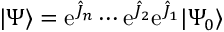
| \Psi \rangle = \mathrm { e } ^ { { \hat { J } } _ { n } } \cdots \mathrm { e } ^ { { \hat { J } } _ { 2 } } \mathrm { e } ^ { { \hat { J } } _ { 1 } } | \Psi _ { 0 } \rangle